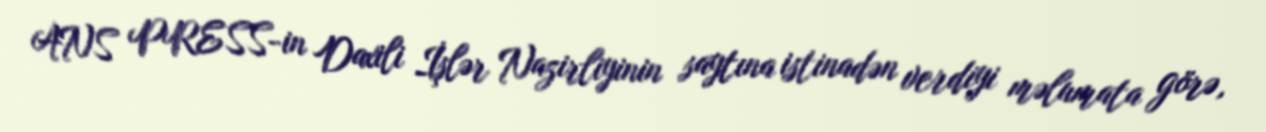
ANS PRESS-in Daxili İşlər Nazirliyinin saytına istinadən verdiyi məlumata görə,